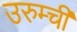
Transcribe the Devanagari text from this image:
उरुम्ची